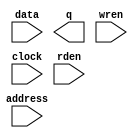
module bram_24 (
		input  wire [23:0] data,    //    data.datain
		output wire [23:0] q,       //       q.dataout
		input  wire [10:0] address, // address.address
		input  wire        wren,    //    wren.wren
		input  wire        clock,   //   clock.clk
		input  wire        rden     //    rden.rden
	);
endmodule